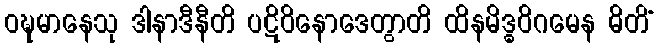
ဝဍ္ဎမာနေသု ဒါနာဒီနီတိ ပဋိဝိနောဒေတွာတိ ထိနမိဒ္ဓဝိဂမေန ဓိတိံ